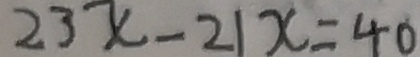
2 3 x - 2 1 x = 4 0